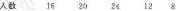
人数162024128